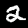
Digit: 2